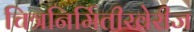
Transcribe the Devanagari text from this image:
चित्रनिर्मितीखेरीज